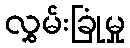
လွှမ်းခြုံမှု